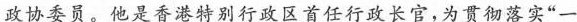
政协委员。他是香港特别行政区首任行政长官，为贯彻落实”一